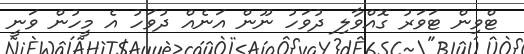
ޓްވިން ޓަވަރު ގޮއްވާލި ދުވަހު ނޫން އަނެއް ދުވަހު އެ މީހުން ވަނީ